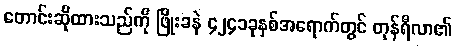
တောင်းဆိုထားသည်ကို ဖြိုးခနဲ ၄၂၄၁ခုနှစ်အရောက်တွင် တုန်ရီလာ၏